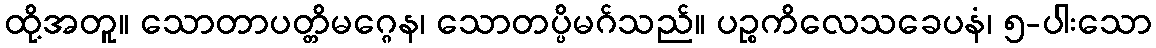
ထို့အတူ။ သောတာပတ္တိမဂ္ဂေန၊ သောတပ္ပိမဂ်သည်။ ပဉ္စကိလေသခေပနံ၊ ၅-ပါးသော